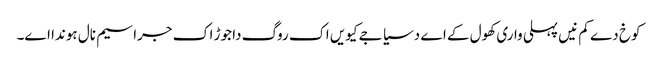
کوخ دے کم نیں پہلی واری کھول کے اے دسیا جے کیویں اک روگ دا جوڑ اک جراسیم نال ہوندا اے۔